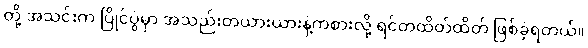
တို့ အသင်းက ပြိုင်ပွဲမှာ အသည်းတယားယားနဲ့ကစားလို့ ရင်တထိတ်ထိတ် ဖြစ်ခဲ့ရတယ်။